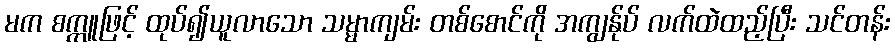
မက စက္ကူဖြင့် ထုပ်၍ယူလာသော သမ္မာကျမ်း တစ်စောင်ကို အကျွန်ုပ် လက်ထဲထည့်ပြီး သင်တန်း